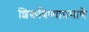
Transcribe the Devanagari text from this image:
शिकविण्याप्रमाणें